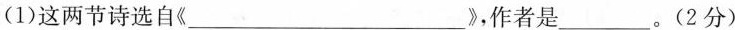
(1)这两节诗选自《___》，作者是___。(2分)